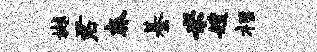
樾君奔綦米嫂柩